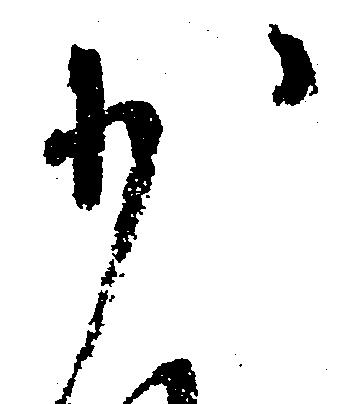
少